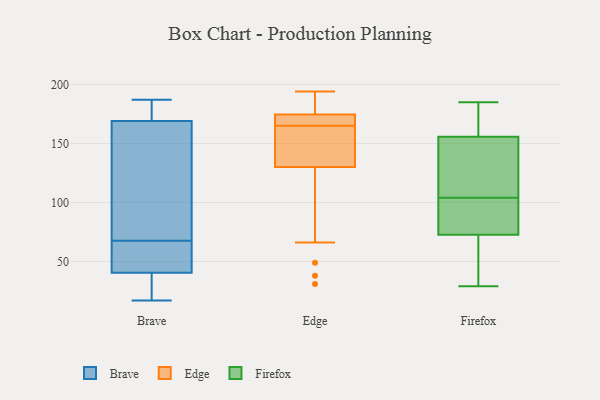
{"axis": {"x": "Inventory Turnover", "y": "Value"}, "legend": ["Brave", "Edge", "Firefox"], "data": [{"x": "", "y": 178, "type": "Brave"}, {"x": "", "y": 17, "type": "Brave"}, {"x": "", "y": 187, "type": "Brave"}, {"x": "", "y": 71, "type": "Brave"}, {"x": "", "y": 77, "type": "Brave"}, {"x": "", "y": 32, "type": "Brave"}, {"x": "", "y": 31, "type": "Brave"}, {"x": "", "y": 61, "type": "Brave"}, {"x": "", "y": 49, "type": "Brave"}, {"x": "", "y": 160, "type": "Brave"}, {"x": "", "y": 180, "type": "Brave"}, {"x": "", "y": 64, "type": "Brave"}, {"x": "", "y": 136, "type": "Edge"}, {"x": "", "y": 170, "type": "Edge"}, {"x": "", "y": 49, "type": "Edge"}, {"x": "", "y": 38, "type": "Edge"}, {"x": "", "y": 128, "type": "Edge"}, {"x": "", "y": 145, "type": "Edge"}, {"x": "", "y": 182, "type": "Edge"}, {"x": "", "y": 168, "type": "Edge"}, {"x": "", "y": 180, "type": "Edge"}, {"x": "", "y": 194, "type": "Edge"}, {"x": "", "y": 169, "type": "Edge"}, {"x": "", "y": 176, "type": "Edge"}, {"x": "", "y": 66, "type": "Edge"}, {"x": "", "y": 165, "type": "Edge"}, {"x": "", "y": 192, "type": "Edge"}, {"x": "", "y": 143, "type": "Edge"}, {"x": "", "y": 31, "type": "Edge"}, {"x": "", "y": 142, "type": "Edge"}, {"x": "", "y": 167, "type": "Edge"}, {"x": "", "y": 105, "type": "Firefox"}, {"x": "", "y": 62, "type": "Firefox"}, {"x": "", "y": 107, "type": "Firefox"}, {"x": "", "y": 75, "type": "Firefox"}, {"x": "", "y": 66, "type": "Firefox"}, {"x": "", "y": 104, "type": "Firefox"}, {"x": "", "y": 102, "type": "Firefox"}, {"x": "", "y": 83, "type": "Firefox"}, {"x": "", "y": 185, "type": "Firefox"}, {"x": "", "y": 182, "type": "Firefox"}, {"x": "", "y": 29, "type": "Firefox"}, {"x": "", "y": 155, "type": "Firefox"}, {"x": "", "y": 57, "type": "Firefox"}, {"x": "", "y": 158, "type": "Firefox"}, {"x": "", "y": 153, "type": "Firefox"}, {"x": "", "y": 176, "type": "Firefox"}, {"x": "", "y": 77, "type": "Firefox"}]}